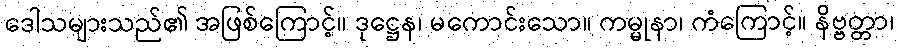
ဒေါသများသည်၏ အဖြစ်ကြောင့်။ ဒုဋ္ဌေန၊ မကောင်းသော။ ကမ္မုနာ၊ ကံကြောင့်။ နိဗ္ဗတ္တာ၊